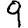
Digit: 9